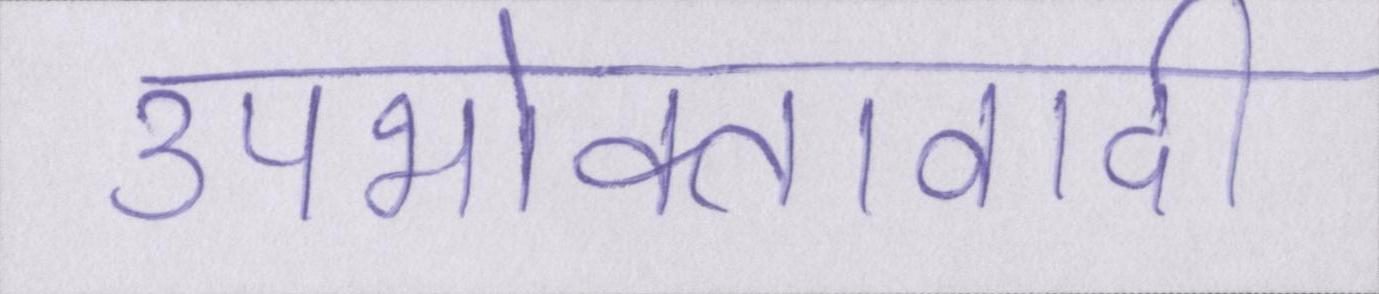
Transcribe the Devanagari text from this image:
उपभोक्तावादी